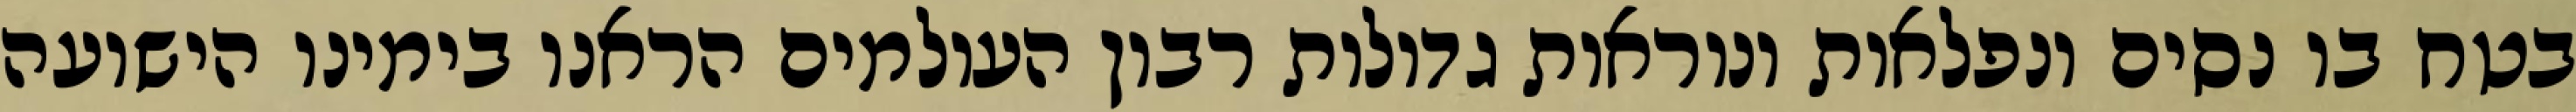
בטח בו נסים ונפלאות ונוראות גדולות רבון העולמים הראנו בימינו הישועה